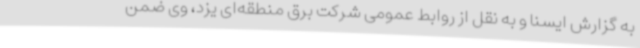
به گزارش ایسنا و به نقل از روابط عمومی شرکت برق منطقه‌ای یزد، وی ضمن